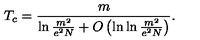
T _ { c } = \frac { m } { \ln \frac { m ^ { 2 } } { e ^ { 2 } N } + O \left( \ln \ln \frac { m ^ { 2 } } { e ^ { 2 } N } \right) } .